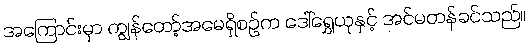
အကြောင်းမှာ ကျွန်တော့်အမေရှိစဉ်က ဒေါ်ရွှေယုနှင့် အင်မတန်ခင်သည်။